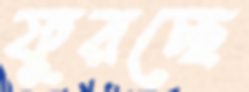
ফুরচ্ছে